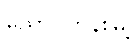
ညောင်တုန်းမြို့